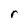
Character: r